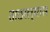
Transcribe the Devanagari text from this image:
ताठरल्यास